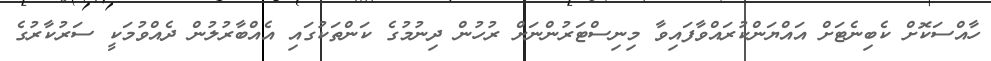
ހާއްސަކޮށް ކެބިނެޓަށް އައްޔަންކުރައްވާފައިވާ މިނިސްޓަރުންނަށް ރުހުން ދިނުމުގެ ކަންތަކުގައި އެއްބާރުލުން ދެއްވުމަކީ ސަރުކާރުގެ